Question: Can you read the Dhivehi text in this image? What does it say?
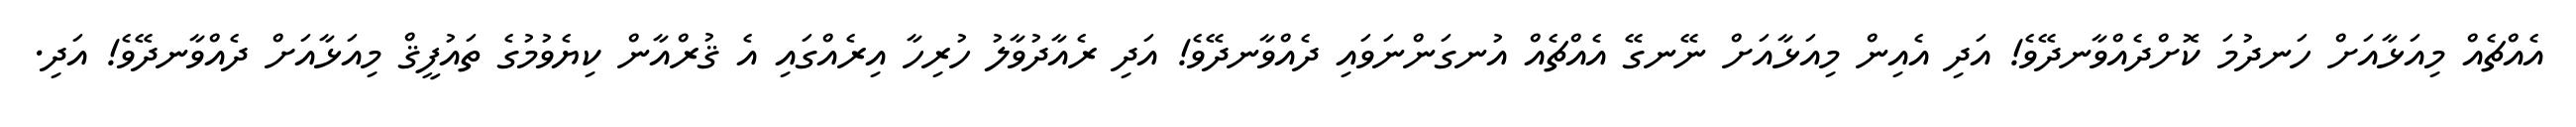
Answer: އެއްޗެއް މިއަޅާއަށް ހަނދުމަ ކޮށްދެއްވާނދޭވެ! އަދި އެއިން މިއަޅާއަށް ނޭނގޭ އެއްޗެއް އުނގަންނަވައި ދެއްވާނދޭވެ! އަދި ރެއާދުވާލު ހުރިހާ އިރެއްގައި އެ ޤުރްއާން ކިޔެވުމުގެ ތައުފީޤް މިއަޅާއަށް ދެއްވާނދޭވެ! އަދި.